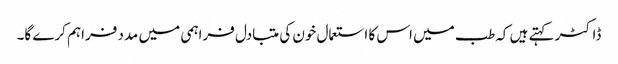
ڈاکٹر کہتے ہیں کہ طب میں اس کا استعمال خون کی متبادل فراہمی میں مدد فراہم کرے گا۔